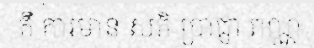
គឺ ការមាន សតិ ប្រាជ្ញា ពណ្ណ